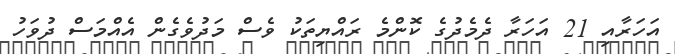
އަހަރާއި 21 އަހަރާ ދެމެދުގެ ކޮންމެ ރައްޔިތަކު ވެސް މަދުވެގެން އެއްމަސް ދުވަހު